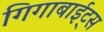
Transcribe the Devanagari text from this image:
गिगाबाईट्स